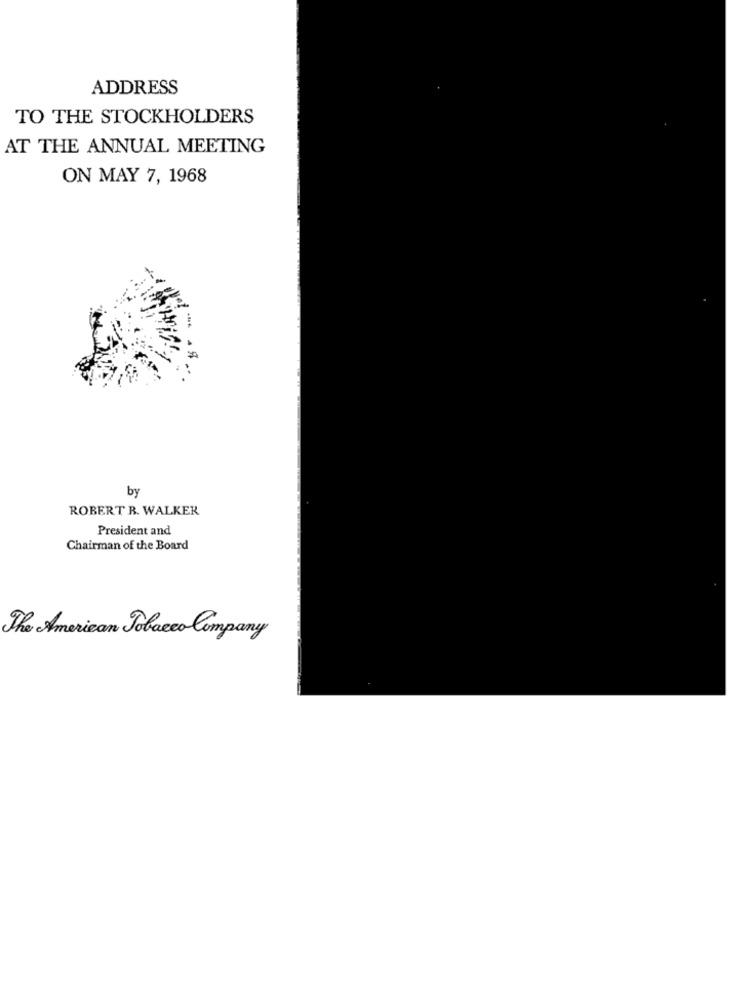
ADDRESS
TO THE STOCKHOLDERS
AT THE ANNUAL MEETING
ON MAY 7, 1968
by
ROBERT R. WALKER
President and
Chairman of the Board
The American Tobacco Company